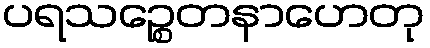
ပရသဉ္စေတနာဟေတု